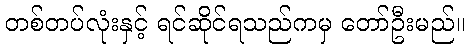
တစ်တပ်လုံးနှင့် ရင်ဆိုင်ရသည်ကမှ တော်ဦးမည်။